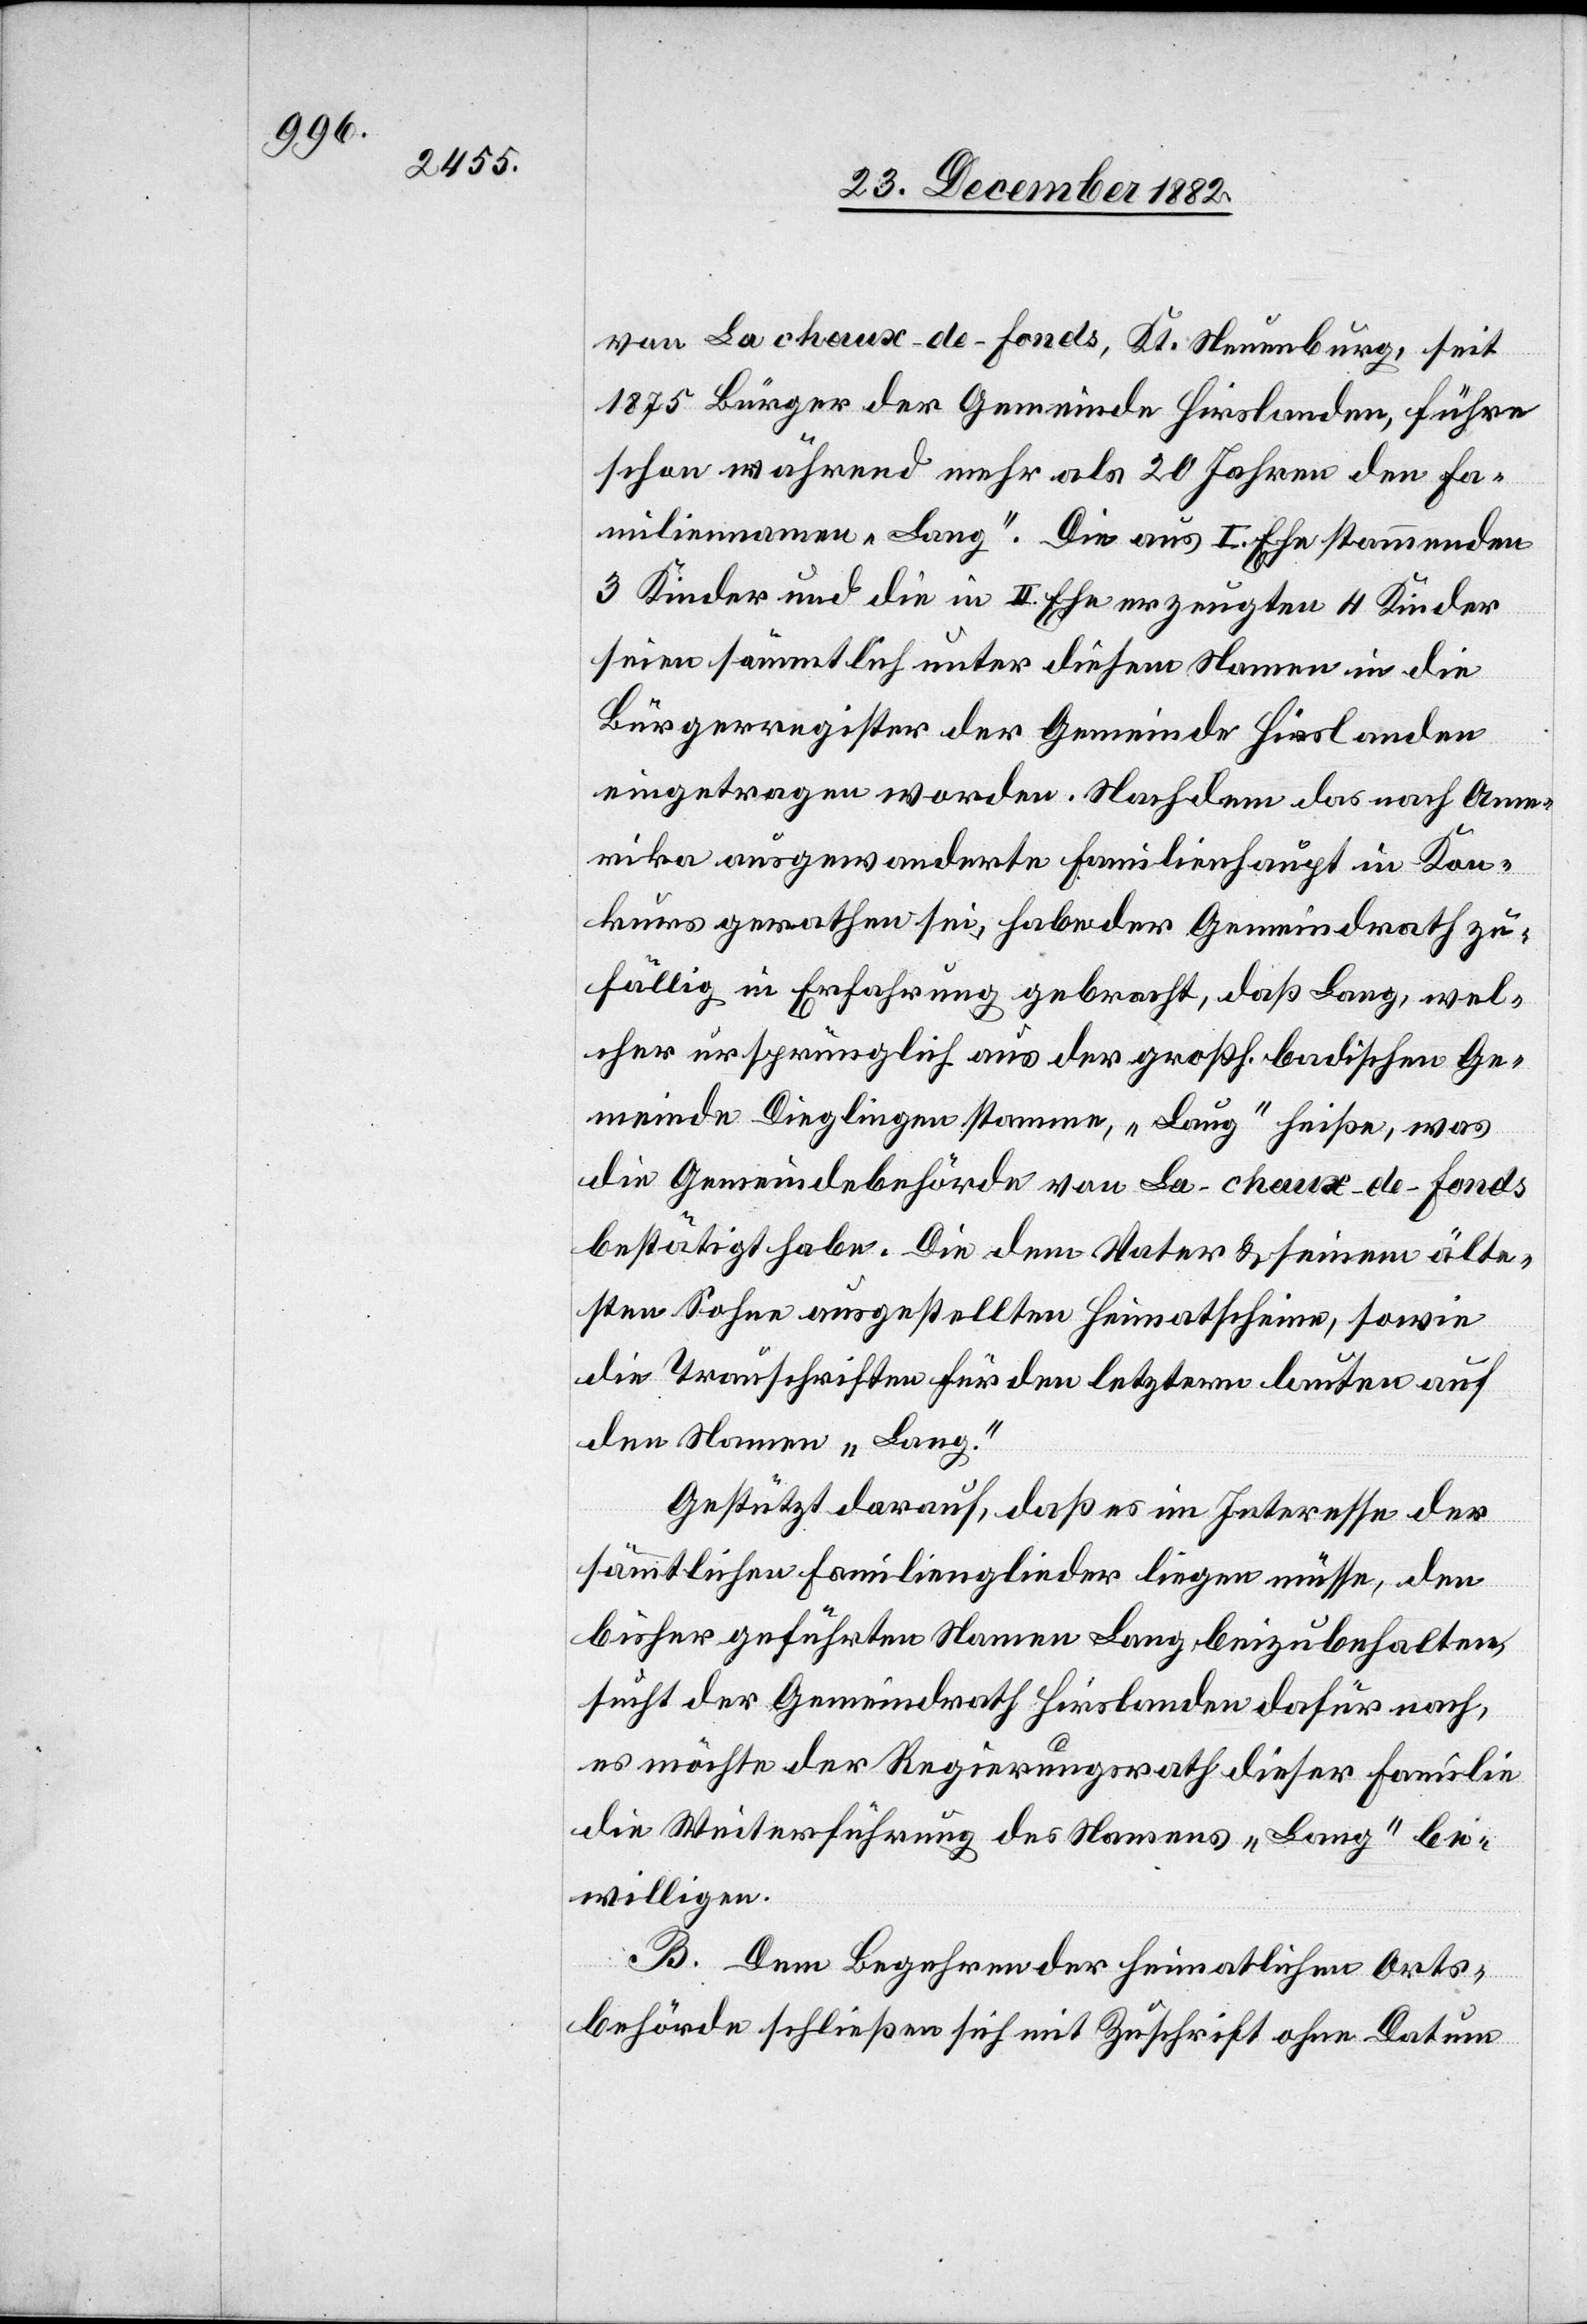
von La chaux-de-fonds, Kt. Neuenburg, seit
1875 Bürger der Gemeinde Hirslanden, führe
schon während mehr als 20 Jahren den Fa¬
miliennamen „Lang“. Die aus I. Ehe stammenden
3 Kinder und die in II. Ehe erzeugten 4 Kinder
seien sämmtlich unter diesem Namen in die
Bürgerregister der Gemeinde Hirslanden
eingetragen worden. Nachdem das nach Ame¬
rika ausgewanderte Familienhaupt in Kon¬
kurs gerathen sei, habe der Gemeindrath zu¬
fällig in Erfahrung gebracht, daß Lang, wel¬
cher ursprünglich aus der großh. badischen Ge¬
meinde Dieglingen stamme, „Laug“ heiße, was
die Gemeindebehörde von La-chaux-de-fonds
bestätigt habe. Die dem Vater & seinem älte¬
ren Sohne ausgestellten Heimatscheine, sowie
die Trauschriften für den letztern lauten auf
den Namen „Lang“.
Gestützt darauf, daß es im Interesse der
sämmtlichen Familienmitglieder liegen müsse, den
bisher geführten Namen Lang beizubehalten,
sucht der Gemeindrath Hirslanden dafür nach,
es möchte der Regierungsrath dieser Familie
die Weiterführung des Namens „Lang“ be¬
willigen.
B. Dem Begehren der heimatlichen Orts¬
behörde schließen sich mit Zuschrift ohne Datum